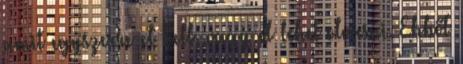
amit egyszerre el kell, vagy el lehet olvasni. Ebből